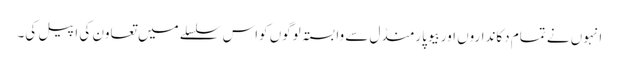
انہوں نے تمام دکانداروں اوربیوپارمنڈل سے وابستہ لوگوں کواس سلسلے میں تعاون کی اپیل کی۔